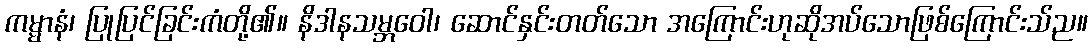
ကမ္မာနံ၊ ပြုပြင်ခြင်းကံတို့၏။ နိဒါနသမ္ဘဝေါ၊ ဆောင်နှင်းတတ်သော အကြောင်းဟုဆိုအပ်သောဖြစ်ကြောင်းသ်ည။